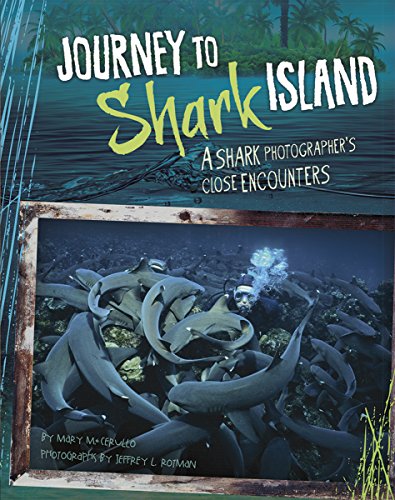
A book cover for Journey to Shark Island: A Shark Photographer's Close Encounters (Shark Expedition); Mary M Cerullo; Children's Books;